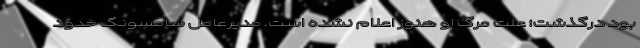
بود درگذشت؛ علت مرگ او هنوز اعلام نشده است. مدیرعامل سامسونگ حدود